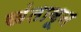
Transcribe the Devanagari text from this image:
खंतावून